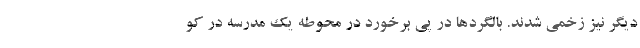
دیگر نیز زخمی شدند. بالگردها در پی برخورد در محوطه یک مدرسه در کو